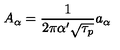
A _ { \alpha } = \frac { 1 } { 2 \pi \alpha ^ { \prime } \sqrt { \tau _ { p } } } a _ { \alpha }